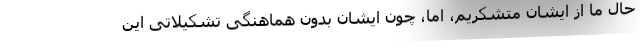
حال ما از ایشان متشکریم، اما، چون ایشان بدون هماهنگی تشکیلاتی این